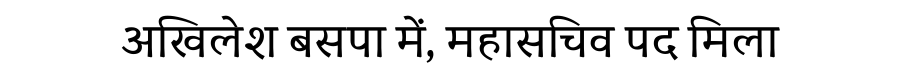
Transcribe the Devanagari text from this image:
अखिलेश बसपा में, महासचिव पद मिला